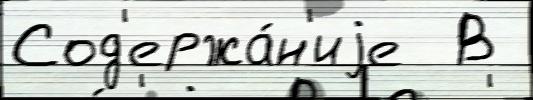
Сод'ержа́н'иjе  В